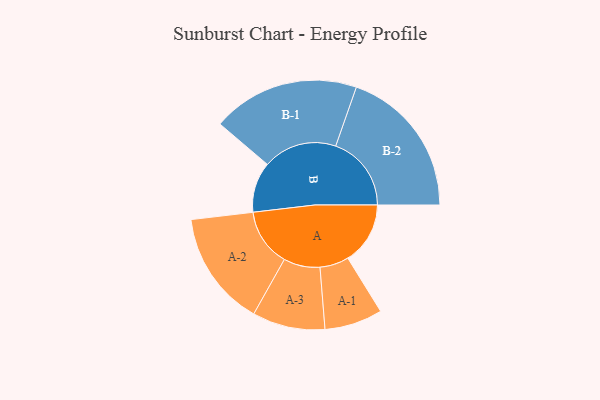
{"axis": {"x": "Segment", "y": "Value"}, "legend": ["", "A", "B"], "data": [{"x": "A", "y": 230, "type": ""}, {"x": "B", "y": 186, "type": ""}, {"x": "A-1", "y": 107, "type": "A"}, {"x": "A-2", "y": 213, "type": "A"}, {"x": "A-3", "y": 134, "type": "A"}, {"x": "B-1", "y": 272, "type": "B"}, {"x": "B-2", "y": 279, "type": "B"}]}